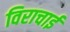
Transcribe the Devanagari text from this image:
विराचाई